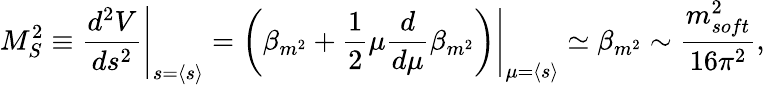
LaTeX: M_{S}^{2}\equiv\left.\frac{d^{2}V}{ds^{2}}\right|_{s=\langle s\rangle}=\left.\left(\beta_{m^{2}}+\frac{1}{2}\mu\frac{d}{d\mu}\beta_{m^{2}}\right)\right|_{\mu=\langle s\rangle}\simeq\beta_{m^{2}}\sim\frac{m_{soft}^{2}}{16\pi^{2}},